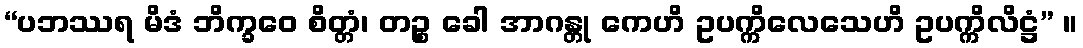
“ပဘဿရ မိဒံ ဘိက္ခဝေ စိတ္တံ၊ တဉ္စ ခေါ အာဂန္တု ကေဟိ ဥပက္ကိလေသေဟိ ဥပက္ကိလိဋ္ဌံ” ။